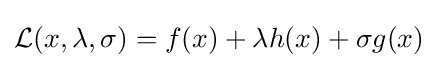
{\mathcal {L}}(x,\lambda ,\sigma )=f(x)+\lambda h(x)+\sigma g(x)